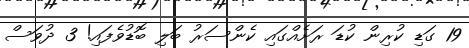
19 ގަޑި ކުރިން ކުޑަ ރަށެއްގައި ކެންސަރު ބަލި ބޮޑުވެފައި! 3 ދުވަސް